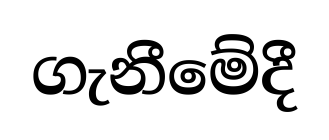
ගැනීමේදී